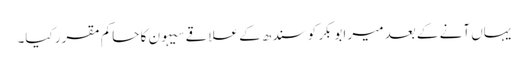
یہاں آنے کے بعد میر ابوبکر کو سندھ کے علاقے سیہون کا حاکم مقرر کیا۔